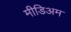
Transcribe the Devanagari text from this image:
मीडिअम